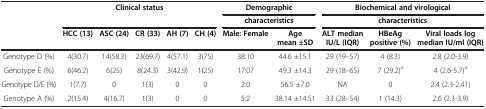
<table><thead><tr><td rowspan="2"><b> </b></td><td rowspan="2" colspan="5"><b>Clinical status</b></td><td colspan="2"><b>Demographic</b></td><td colspan="3"><b>Biochemical and virological</b></td></tr><tr><td colspan="2"><b>characteristics</b></td><td colspan="3"><b>characteristics</b></td></tr><tr><td><b> </b></td><td><b>HCC (13)</b></td><td><b>ASC (24)</b></td><td><b>CR (33)</b></td><td><b>AH (7)</b></td><td><b>CH (4)</b></td><td><b>Male: Female</b></td><td><b>Age mean ±SD</b></td><td><b>ALT median IU/L (IQR)</b></td><td><b>HBeAg positive (%)</b></td><td><b>Viral loads log median IU/ml (IQR)</b></td></tr></thead><tbody><tr><td>Genotype D (%)</td><td>4(30.7)</td><td>14(58.3)</td><td>23(69.7)</td><td>4(57.1)</td><td>3(75)</td><td>38:10</td><td>44.6 ±15.1</td><td>29 (19–57)</td><td>4 (8.3)</td><td>2.8 (2.0-3.9)</td></tr><tr><td>Genotype E (%)</td><td>6(46.2)</td><td>6(25)</td><td>8(24.3)</td><td>3(42.9)</td><td>1(25)</td><td>17:07</td><td>49.3 ±14.3</td><td>29 (18–65)</td><td>7 (29.2)<sup>a</sup></td><td>4 (2.6-5.7)<sup>a</sup></td></tr><tr><td>Genotype D/E (%)</td><td>1(7.7)</td><td>0</td><td>1(3)</td><td>0</td><td>0</td><td>2:0</td><td>56.5 ±7.0</td><td>NA</td><td>0</td><td>2.4 (2.3-2.41)</td></tr><tr><td>Genotype A (%)</td><td>2(15.4)</td><td>4(16.7)</td><td>1(3)</td><td>0</td><td>0</td><td>5:2</td><td>38.14 ±14.51</td><td>33 (28–54)</td><td>1 (14.3)</td><td>2.6 (2.3-3.9)</td></tr></tbody></table>